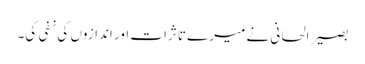
بصیر الحانی نے میرے تاثرات اور اندازوں کی نفی کی۔